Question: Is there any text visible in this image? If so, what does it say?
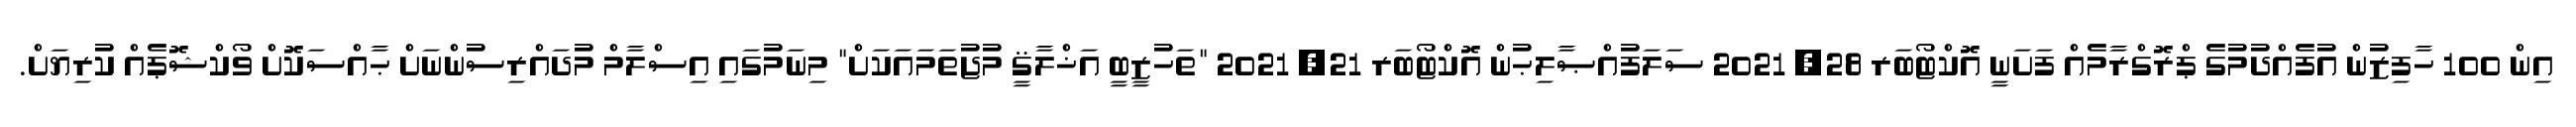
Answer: އިން 100 ހާފިޒުން އުފެއްދުމުގެ ޕްރޮގްރާމެއް ފަށަނީ އޮކްޓޯބަރ 28, 2021 ސަލަފުއްޞާލިޙުން އޮކްޓޯބަރ 21, 2021 "ތަހުޒީބީ އަޚްލާޤީ މުޖުތަމައަކަށް" މިނަމުގައި އިސްލާމް މުދައްރިސުންނަށް ޙާއްސަކޮށް ވޯކްޝޮޕެއް ކުރިޔަށް.